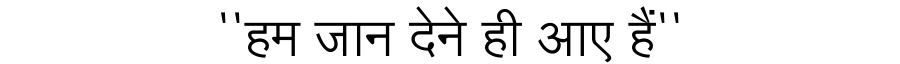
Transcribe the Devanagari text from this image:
''हम जान देने ही आए हैं''